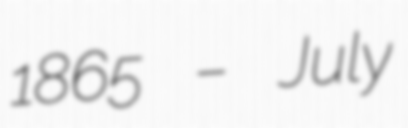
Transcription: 1865 – July